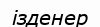
ізденер